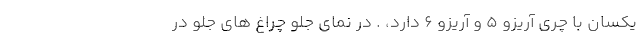
یکسان با چری آریزو ۵ و آریزو ۶ دارد، . در نمای جلو چراغ های جلو در